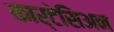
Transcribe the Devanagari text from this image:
कार्टेसिअन